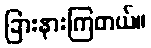
ခြားနားကြတယ်။